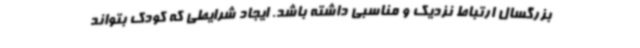
بزرگسال ارتباط نزدیک و مناسبی داشته باشد. ایجاد شرایطی که کودک بتواند